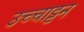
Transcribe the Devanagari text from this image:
उच्चाट्टन